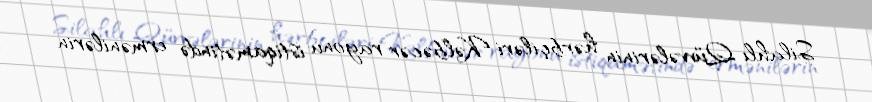
Silahlı Qüvvələrinin hərbçiləri Kəlbəcər rayonu istiqamətində ermənilərin